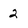
Character: 2